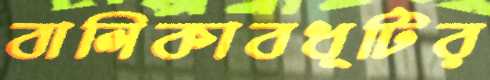
বালিকাবধূটির